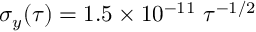
\sigma _ { y } ( \tau ) = 1 . 5 \times 1 0 ^ { - 1 1 } ~ \tau ^ { - 1 / 2 }